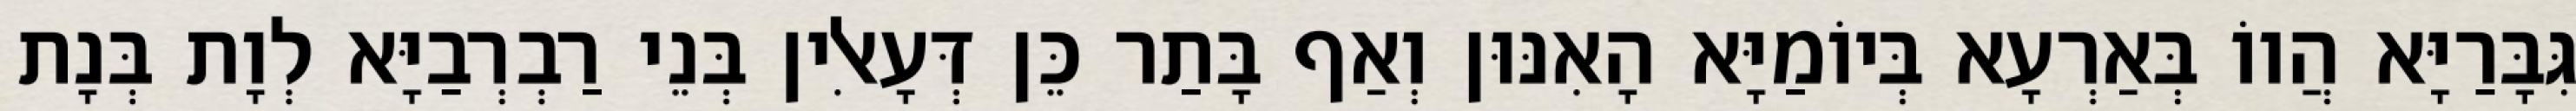
גִּבָּרַיָּא הֲווֹ בְּאַרְעָא בְּיוֹמַיָּא הָאִנּוּן וְאַף בָּתַר כֵּן דְּעָאלִין בְּנֵי רַבְרְבַיָּא לְוָת בְּנָת